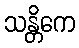
သန္တိကေ